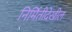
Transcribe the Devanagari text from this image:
निर्मितीदेखील